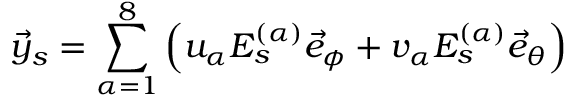
\vec { y } _ { s } = \sum _ { \alpha = 1 } ^ { 8 } \left( u _ { \alpha } E _ { s } ^ { ( \alpha ) } \vec { e } _ { \phi } + v _ { \alpha } E _ { s } ^ { ( \alpha ) } \vec { e } _ { \theta } \right)